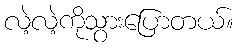
လဲ့လဲ့ကိုသွားပြောတယ်။